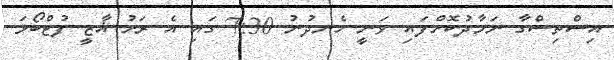
އިސްތިސްގާ ނަމާދުކޮށްފައި ވަނީ ހެނދުނު 7:30 ގައި އެ ރަށު ޣާޒީ ފުޓްބޯޅަ